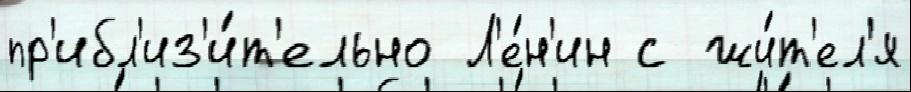
пр'ибл'из'и́т'ельно Л'е́н'ин с жи́т'ел'я